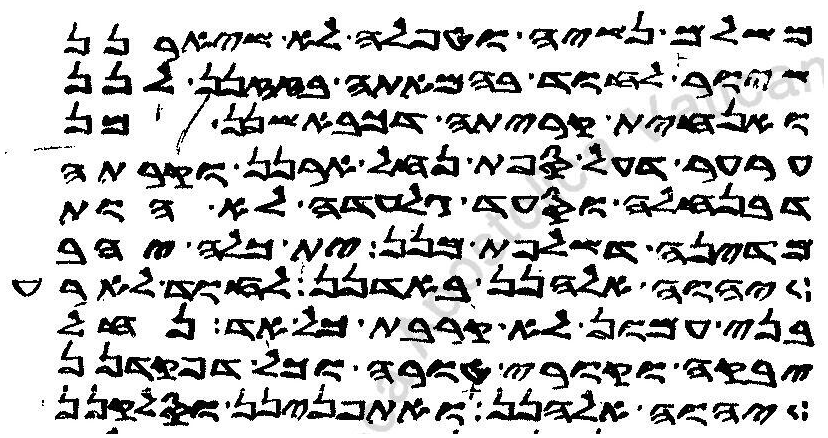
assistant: משלם נשיה וטפלה לא שיארנן
שיור לחוד בהמאתה בזזנן לנן
ואנחית קריתה דכבאשנן מן
ערער דעל ספת נחל ארנן וקרתה
דבנחלה וסעד גלעדה לא הות
מדינה דשלפת מנן ית כלה יהב
יהוה אלהנן באדנן לחוד לארע
בני עמון לא קרבת כל אד נחל
יבקה וקורי טורה וכל דפקדנן
יהוה אלהנן ואתפנינן וסלקנן